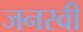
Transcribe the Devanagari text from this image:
जनस्वी